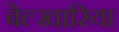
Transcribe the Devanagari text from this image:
बेल्खारिया